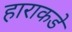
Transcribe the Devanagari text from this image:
हाराकडे